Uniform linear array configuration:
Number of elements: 32
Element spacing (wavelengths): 0.5
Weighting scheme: exponential
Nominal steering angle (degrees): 0
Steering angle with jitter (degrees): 1.341
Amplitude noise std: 0.05
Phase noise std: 0.05

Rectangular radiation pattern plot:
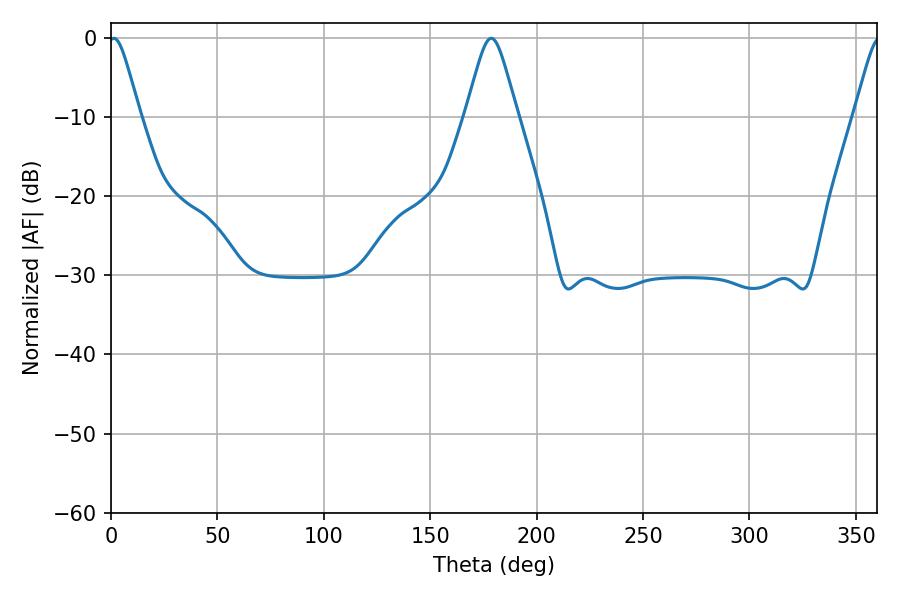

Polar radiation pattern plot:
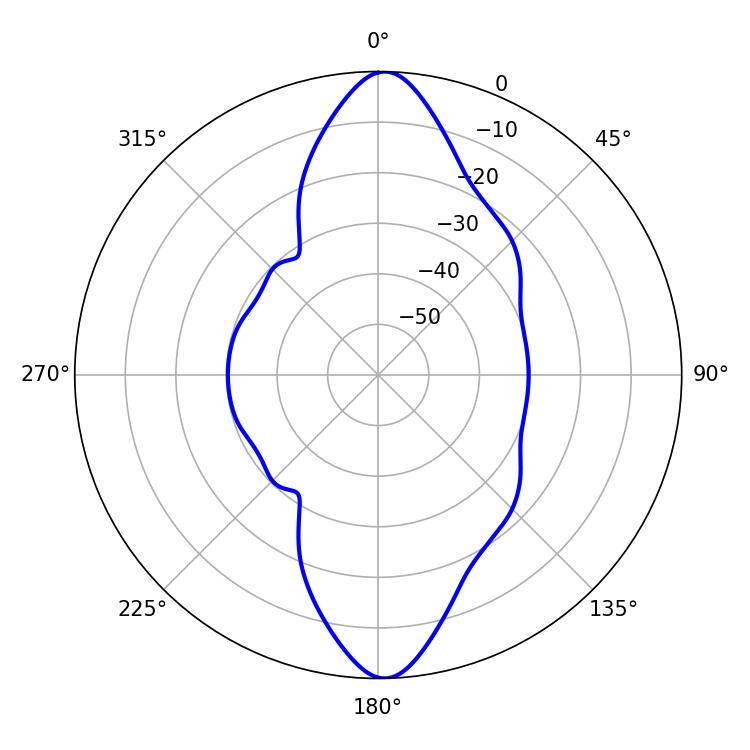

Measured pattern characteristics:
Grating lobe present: FALSE
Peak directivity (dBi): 21.021
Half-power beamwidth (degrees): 7.02
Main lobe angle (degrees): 1.26